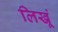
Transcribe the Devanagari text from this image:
लिखूं